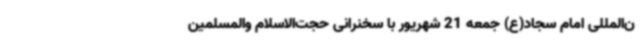
ن‌المللی امام سجاد(ع) جمعه 21 شهریور با سخنرانی حجت‌الاسلام والمسلمین